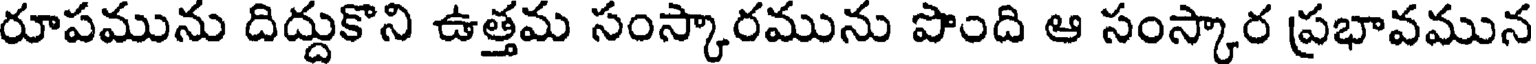
రూపమును దిద్దుకొని ఉత్తమ సంస్కారమును పొంది ఆ సంస్కార ప్రభావమున